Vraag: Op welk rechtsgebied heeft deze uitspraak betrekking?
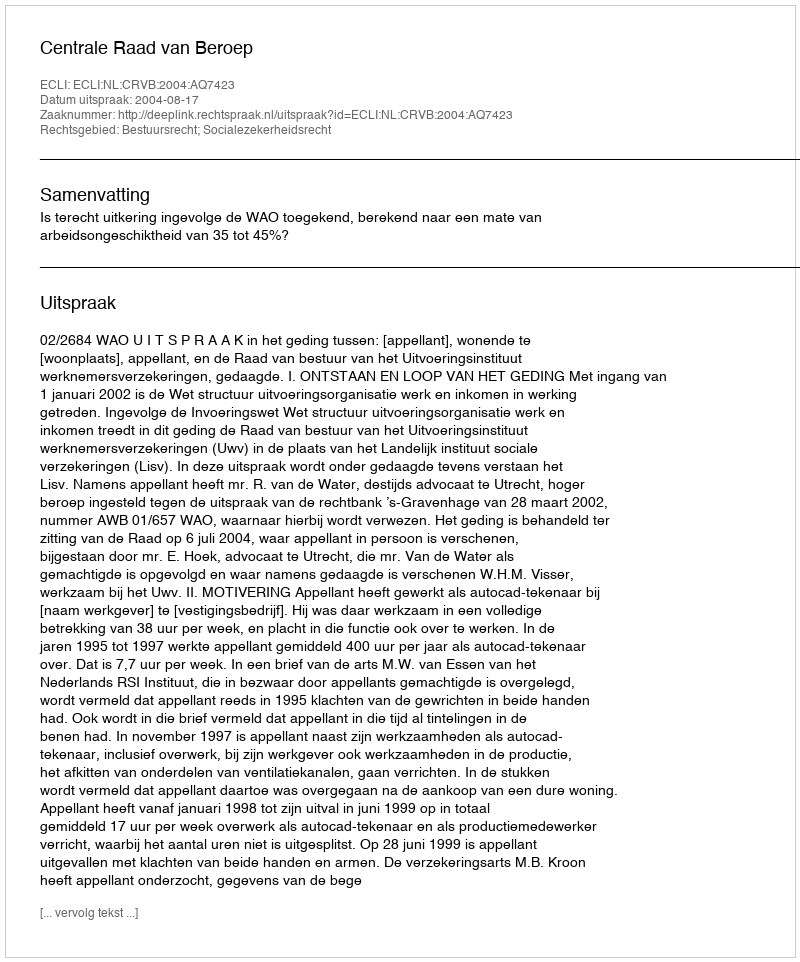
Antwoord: Bestuursrecht; Socialezekerheidsrecht